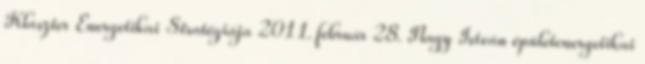
Klaszter Energetikai Stratégiája 2011. február 28. Nagy István épületenergetikai